Mental hospitals Bombay report 1929-33 - 1929-1933
Year: 1929
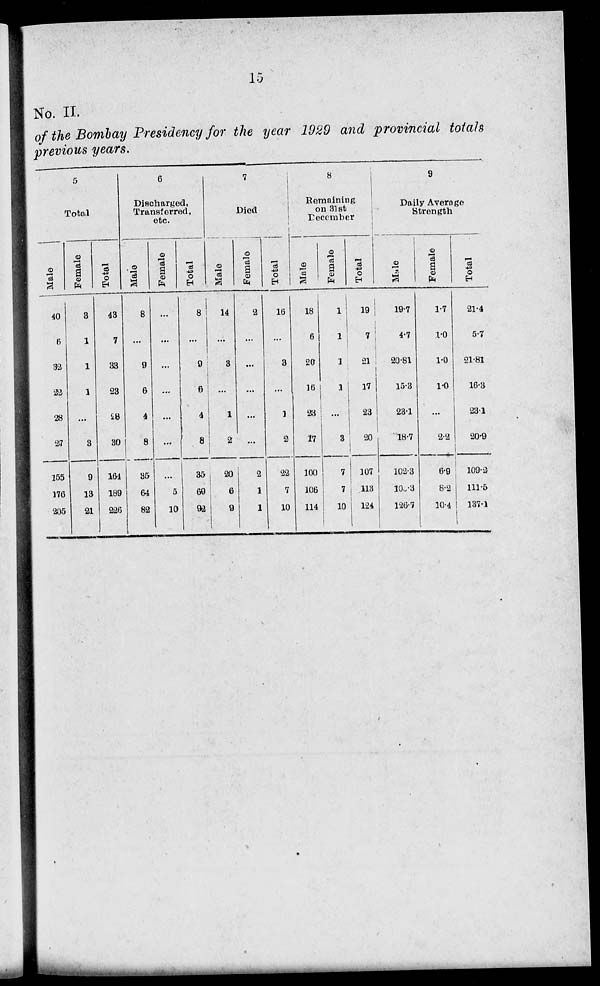
15
No. II.
of the Bombay Presidency for the year 1929 and provincial totals
previous years.
5
Total
Male
40
6
32
22
28
27
155
176
205
Female
3
1
1
1
...
3
9
13
21
Total
43
7
33
23
28
30
164
189
226
6
Discharged,
Transferred
etc.
Male
8
...
9
6
4
8
35
64
82
Female
...
...
...
...
...
...
...
5
10
Total
8
...
9
6
4
8
35
69
92
7
Died
Male
14
...
3
...
1
2
20
6
9
Female
2
...
...
...
...
...
2
1
1
Total
16
...
3
...
1
2
22
7
10
8
Remaining
on 31st
December
Male
18
6
20
16
23
17
100
106
114
Female
1
1
1
1
...
3
7
7
10
Total
19
7
21
17
23
20
107
113
124
9
Daily Average
Strength
Male
19.7
4.7
20.81
15.3
23.1
18.7
102.3
102.3
126.7
Female
1.7
1.0
1.0
1.0
...
2.2
6.9
8.2
10.4
Total
21.4
5.7
21.81
16.3
23.1
20.9
109.2
111.5
137.1